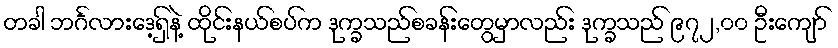
တခါ ဘင်္ဂလားဒေ့ရှ်နဲ့ ထိုင်းနယ်စပ်က ဒုက္ခသည်စခန်းတွေမှာလည်း ဒုက္ခသည် ၉၇၂,၀၀ ဦးကျော်